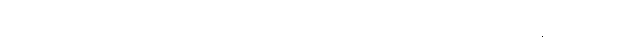
များလေသည် ခိုင်ရဲခိုင် ပုံစံကောင်းများ လယ်ယာထွက်ပစ္စည်းများ ခေါ်ယူတွေ့ဆုံစဉ် စမ်းမိလိုက်သည်